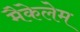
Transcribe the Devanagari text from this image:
मैकेलेम